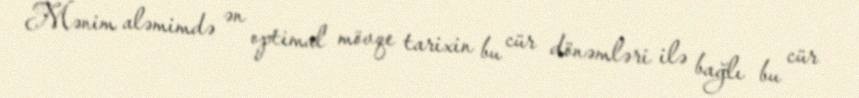
Mənim aləmimdə ən optimal mövqe tarixin bu cür dönəmləri ilə bağlı bu cür